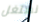
نستغل